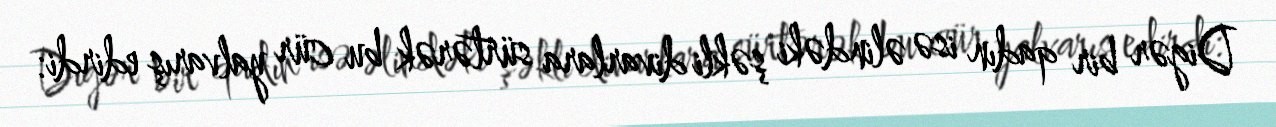
Digər bir qadın isə əlindəki şəkli divarlara sürtərək bu cür yalvarış edirdi: